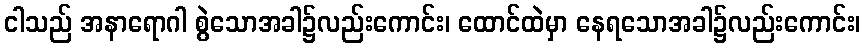
ငါသည် အနာရောဂါ စွဲသောအခါ၌လည်းကောင်း၊ ထောင်ထဲမှာ နေရသောအခါ၌လည်းကောင်း၊